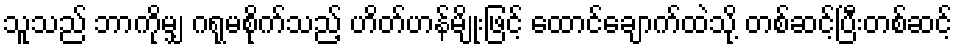
သူသည် ဘာကိုမျှ ဂရုမစိုက်သည့် ဟိတ်ဟန်မျိုးဖြင့် ထောင်ချောက်ထဲသို့ တစ်ဆင့်ပြီးတစ်ဆင့်